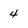
Character: 4